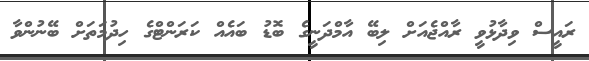
ރައީސް ވިދާޅުވީ ރާއްޖެއަށް ލިބޭ އާމްދަނީގެ ބޮޑު ބައެއް ކަރަންޓްގެ ހިދުމަތަށް ބޭނުންވާ